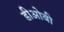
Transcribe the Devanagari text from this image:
डीओबी